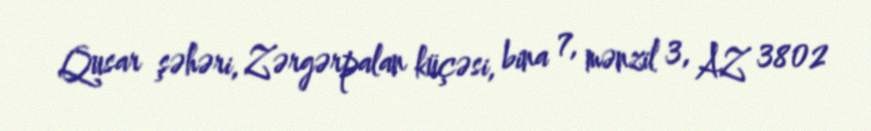
Qusar şəhəri, Zərgərpalan küçəsi, bina 7, mənzil 3, AZ 3802